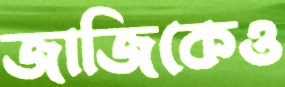
জাজিকেও